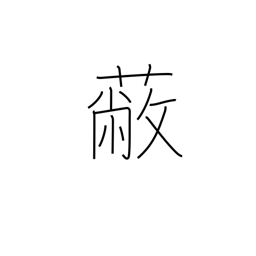
Meaning: be ruined